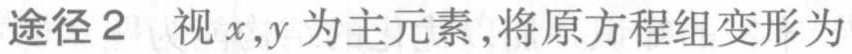
途径2 视\(x,y\)为主元素,将原方程组变形为